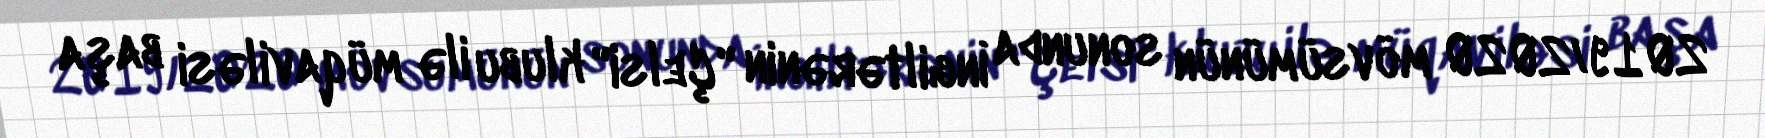
2019/2020 mövsümünün sonunda İngiltərənin "Çelsi" klubu ilə müqaviləsi başa